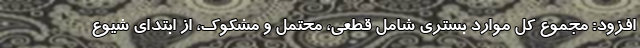
افزود: مجموع کل موارد بستری شامل قطعی، محتمل و مشکوک، از ابتدای شیوع